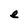
Character: e